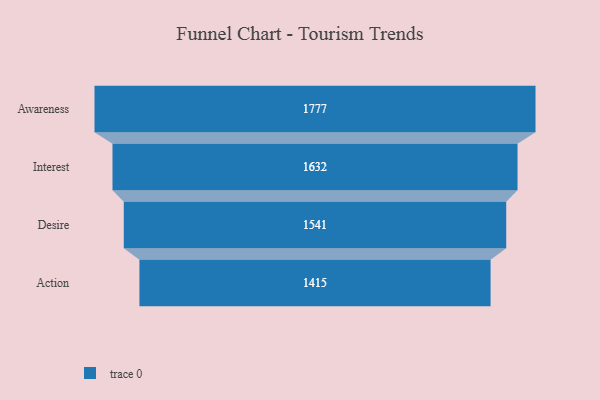
{"axis": {"x": "Stage", "y": "Value"}, "legend": [""], "data": [{"x": "Awareness", "y": 1777.0, "type": ""}, {"x": "Interest", "y": 1632.0, "type": ""}, {"x": "Desire", "y": 1541.0, "type": ""}, {"x": "Action", "y": 1415.0, "type": ""}]}